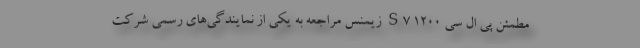
مطمئن پی ال سی S7 1200 زیمنس مراجعه به یکی از نمایندگی‌­های رسمی شرکت